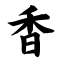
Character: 香